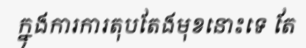
ក្នុងការការតុបតែងមុខនោះទេ តែ